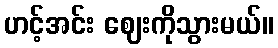
ဟင့်အင်း ဈေးကိုသွားမယ်။